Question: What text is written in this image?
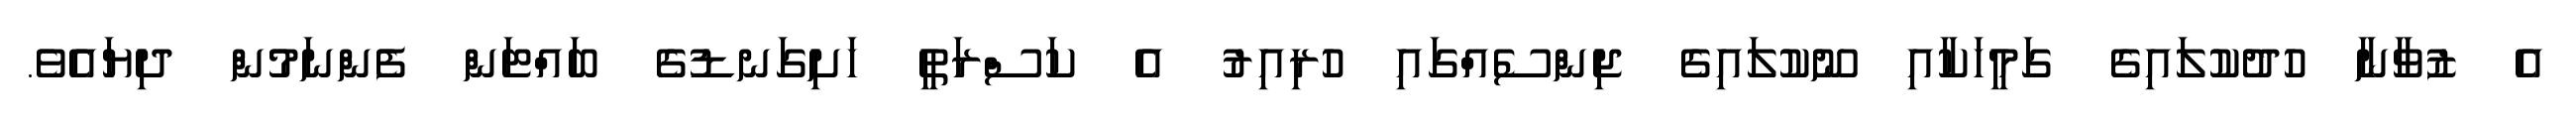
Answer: އެ ޒުވާނާ ހުދުކުލައިގެ ގަމީހަކާއި ނޫކުލައިގެ ޖިންސެއްގައި ހުރިއިރު އެ ކަސްރަތީ ހަށިގަނޑުގެ ބައްޓަން ފެންނަމުން ދިޔައެވެ.